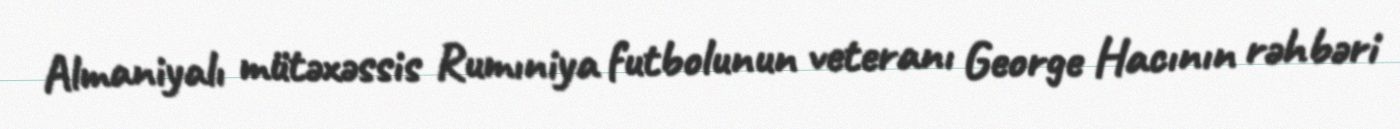
Almaniyalı mütəxəssis Rumıniya futbolunun veteranı George Hacının rəhbəri